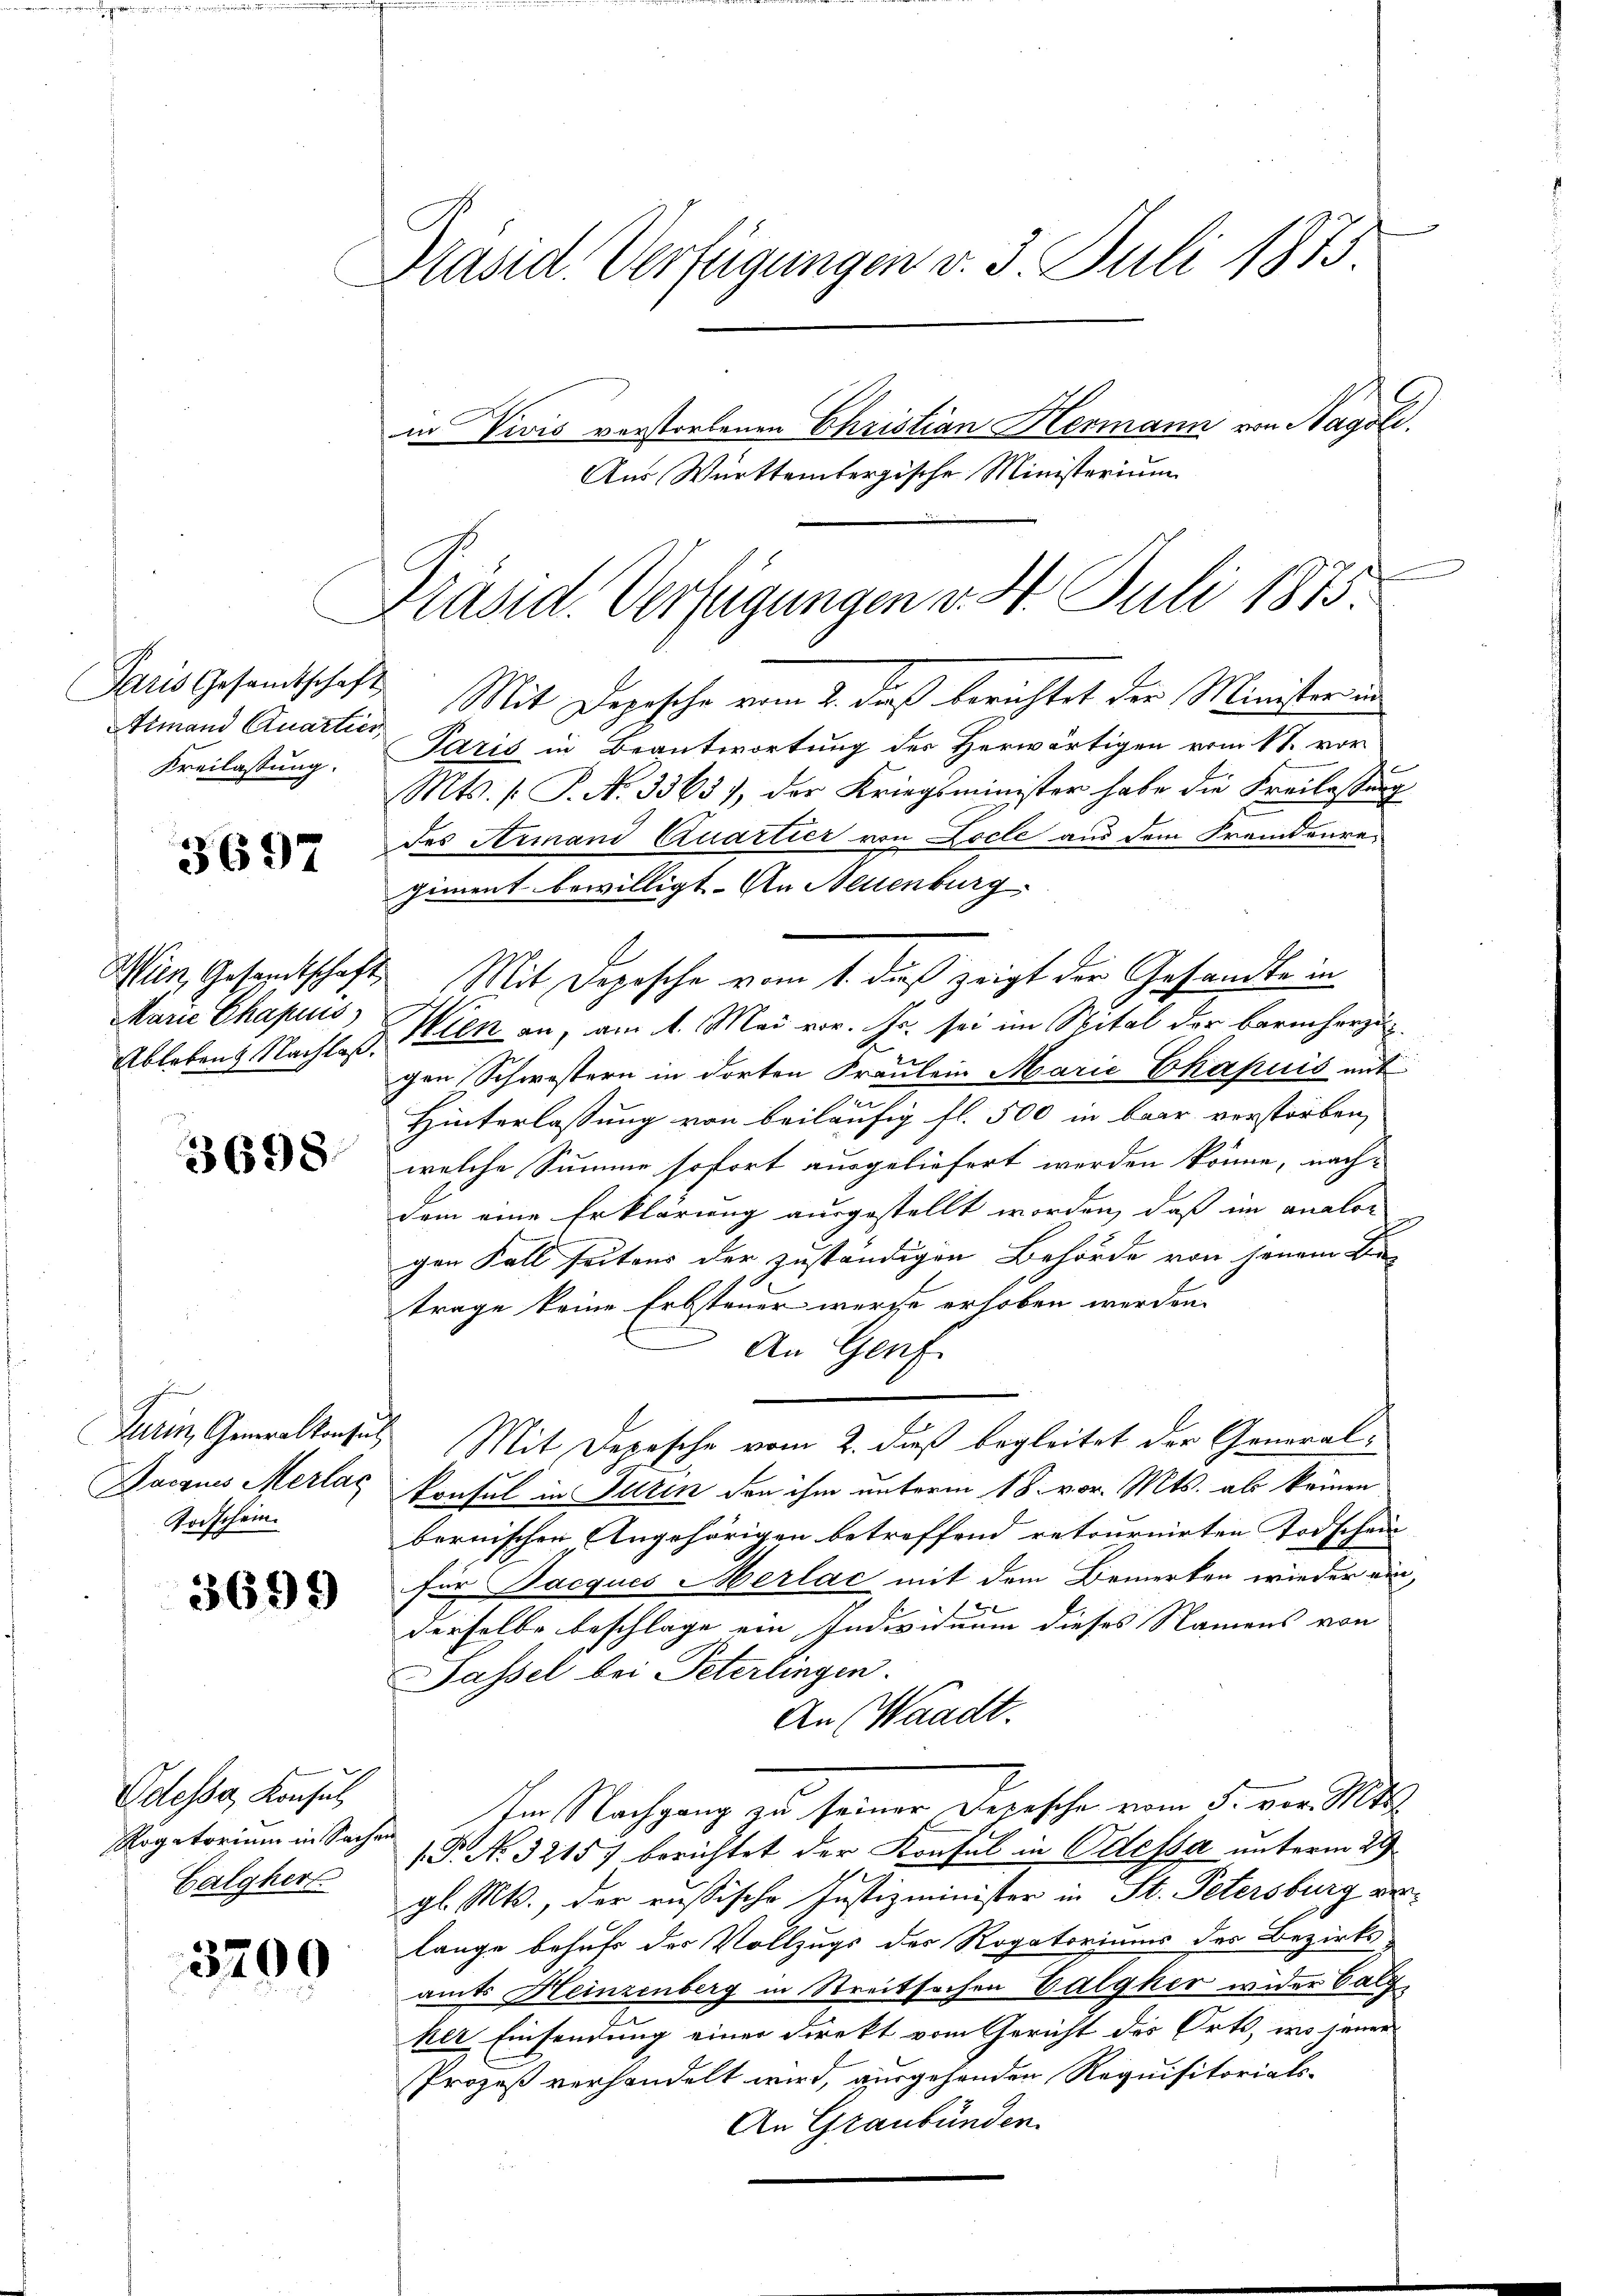
Paris Gesamtschaft
Amand Quartie.
Kreilassung.

3697

Wien, Gesandtschaf
Marie Chapuis
Ableben Nachlaß.

3698.

Turin, Generalkonsul
Dacans Merlac
Todschein.

3699

Odessa, Konsul
Rogatorium in Sache
Calghert

5209

Präsid. Verfügungen v. 3. Juli 1875
in Vicis verstorbenen Christian Hermann von Nagoli
Aus Württembergische Ministerium

Präsid. Verfügungen v. 4. Juli 1875

Mit Depesche vom 2. daß berichtet der Minister un
Paris in Beantwortung des Herwärtigen vom 11. vor
Mts. s P. Nr. 3365), der Kriegsminister habe die Freilassung
des Armand Quartier von Locle aus dem Fremdenregiment bewilligt. An Neuenburg,
Mit Depesche vom 1. dieß zeigt der Gesandte in
Wien an, am 1. Mai vor. Js. sei im Spital der barmherzu
gen Schwestern in dorten Fräulein Marie Ekapuis mit
n
Hinterlassung von beiläufig fl. 500 in baar verstorben,
welche Summe sofort ausgeliefert werden könne, nachdem eine Erklärung ausgestellt worden, daß im analor
gen Fall seitens der zuständigen Behörde von jenem Be-
trage keine Erbsteuer wurde erhoben werden.
An Genf.
Mit Depesche vom 2. dieß begleitet der General¬
Consul in Sulzen den ihm unterm 18. vor. Mts. als keinen
bernischen Angehörigen betreffend retournirten Todschein
für Sacques Merlac mit dem Bemerken wieder ein,
derselbe beschlage ein Individuum dieses Namens von
Passel bei Peterlingen.
An (Waadt.
Im Nachgang zu seiner Depesche vom 5. vor. Mts.
P. Nr. 32157 berichtet der Konsul in Odessa unterm 29.
gl. Mts., der russische Justizminister in St. Petersburg verlange behufs der Vollzugs des Rogatoriums der Bezirks-
amts Heinzenberg in Streitsachen Valgher wider Galg
ker Einsendung einer Direkt vom Gericht des Orts, wo jener
Prozeß verhandelt wird, ausgehenden Requisitorials-
An Graubünden.